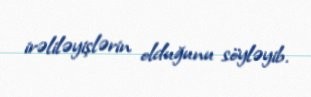
irəliləyişlərin olduğunu söyləyib.